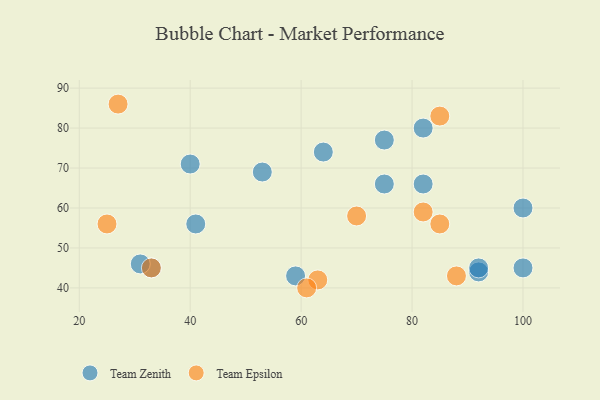
{"axis": {"x": "GDP", "y": "Life Expectancy"}, "legend": ["Team Epsilon", "Team Zenith"], "data": [{"x": "100", "y": 60, "type": "Team Zenith"}, {"x": "82", "y": 80, "type": "Team Zenith"}, {"x": "92", "y": 44, "type": "Team Zenith"}, {"x": "59", "y": 43, "type": "Team Zenith"}, {"x": "40", "y": 71, "type": "Team Zenith"}, {"x": "92", "y": 45, "type": "Team Zenith"}, {"x": "33", "y": 45, "type": "Team Zenith"}, {"x": "31", "y": 46, "type": "Team Zenith"}, {"x": "64", "y": 74, "type": "Team Zenith"}, {"x": "75", "y": 66, "type": "Team Zenith"}, {"x": "75", "y": 77, "type": "Team Zenith"}, {"x": "100", "y": 45, "type": "Team Zenith"}, {"x": "53", "y": 69, "type": "Team Zenith"}, {"x": "82", "y": 66, "type": "Team Zenith"}, {"x": "41", "y": 56, "type": "Team Zenith"}, {"x": "25", "y": 56, "type": "Team Epsilon"}, {"x": "33", "y": 45, "type": "Team Epsilon"}, {"x": "82", "y": 59, "type": "Team Epsilon"}, {"x": "88", "y": 43, "type": "Team Epsilon"}, {"x": "70", "y": 58, "type": "Team Epsilon"}, {"x": "63", "y": 42, "type": "Team Epsilon"}, {"x": "27", "y": 86, "type": "Team Epsilon"}, {"x": "85", "y": 56, "type": "Team Epsilon"}, {"x": "61", "y": 40, "type": "Team Epsilon"}, {"x": "85", "y": 83, "type": "Team Epsilon"}]}